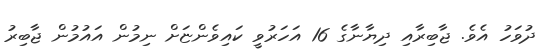
ދުވަހު އެވެ. ޖާބިރާއި ދިޔާނާގެ 16 އަހަރުވީ ކައިވެންޏަށް ނިމުން އައުމުން ޖާބިރު